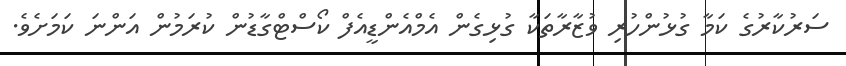
ސަރުކާރުގެ ކަމާ ގުޅުންހުރި ވުޒާރާތަކާ ގުޅިގެން އެމްއެންޑީއެފް ކޯސްޓްގާޑުން ކުރަމުން އަންނަ ކަމަށެވެ.